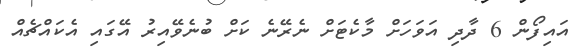
އައިފޯން 6 ދާދި އަވަހަށް މާކެޓަށް ނެރޭނެ ކަށް ބުނެވޭއިރު އޭގައި އެކައްޗެއް